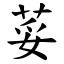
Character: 荽